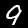
Label: 9